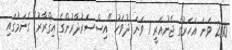
2010 ވަނަ އަހަރުގެ ޖެނުއަރީ 7 ވަނަ ދުވަހު "އިސްސަރުދާރުންގެ އިޤްރާރު" ގެނަމުގައި